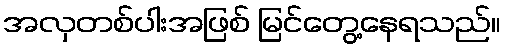
အလှတစ်ပါးအဖြစ် မြင်တွေ့နေရသည်။